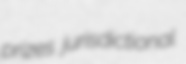
prizes jurisdictional